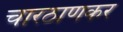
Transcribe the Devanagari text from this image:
चारठाणकर